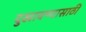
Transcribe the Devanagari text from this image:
दुखावण्यासाठी